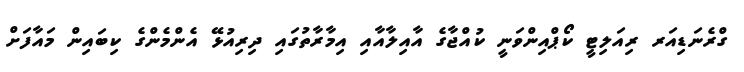
ގްރެނަޑިއަރ ރިއަލިޓީ ކޯޕްއިންވަނީ ކުއްޖާގެ އާއިލާއާއި އިމާރާތުގައި ދިރިއުޅޭ އެންމެންގެ ކިބައިން މައާފަށް